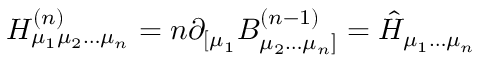
H _ { \mu _ { 1 } \mu _ { 2 } \ldots \mu _ { n } } ^ { ( n ) } = n \partial _ { [ \mu _ { 1 } } B _ { \mu _ { 2 } \ldots \mu _ { n } ] } ^ { ( n - 1 ) } = \hat { H } _ { \mu _ { 1 } \ldots \mu _ { n } }